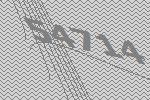
54714